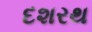
દશરથ